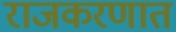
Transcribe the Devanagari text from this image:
राजकरणात